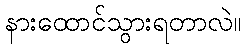
နားထောင်သွားရတာလဲ။